Medical and sanitary report of the native army of Bengal for the year
Year: 1874
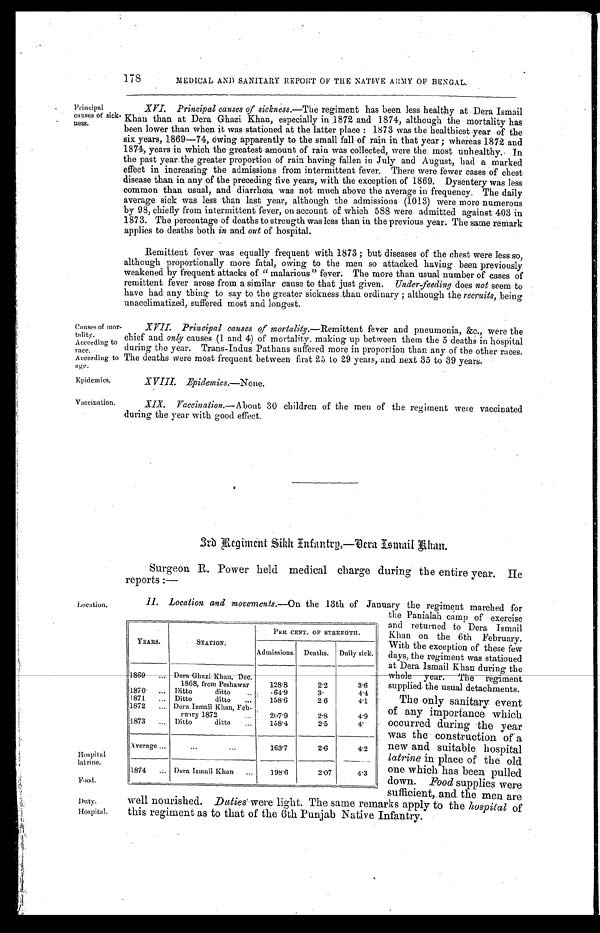
Principal
causes of sick-
ness.
Causes of mo
rtality.
According to
race.
According to
age.
Epidemics,
Vaccination.
178
MEDICAL AND SANITARY REPORT OF THE NATIVE ARMY OF BENGAL.
XVI. Principal causes of sickness .—The "
regiment has been less healthy at Dera Ismail
Khan than at Dera Ghazi Khan, especially in 1872 and 1874, although the mortality has
been lower than when it was stationed at the latter place : 1873 was the healthiest year of the
six years, 1869—74, owing apparently to the small fall of rain in that year ; whereas 1872 and
1874, years in which the greatest amount of rain was collected, were the most unhealthy., In
the past year. the greater proportion of rain having fallen in July and August, had a marked
effect in increasing the admissions from intermittent fever. There were fewer cases of chest
disease than in any of the preceding five years, with the exception of 1869. Dysentery was less
common than usual, and diarrhœa was not much above the average in frequency. The daily
average sick was less than last year, although the admissions (1013) were more numerous
by 98, chiefly from intermittent fever, on account of which 588 were admitted against 403 in
1873. The percentage of deaths to strength was less than. in the previous year. The same remark
applies to deaths both in and out of hospital.
Remittent fever was equally frequent with 1873 ; but diseases of the chest were less so,
although proportionally more fatal, owing to the men so attacked having been previously
weakened by frequent attacks of " malarious" fever. The more than usual number of cases of
remittent fever arose from a similar cause to that just given. Under feeding does not seem to
have had any thing to say to the greater sickness than ordinary ; although the recruits, being
unacclimatized, suffered most and longest.
XVII. Principal causes of mortality . — R e m i t t e n t f e v e r a n d p n e u m o n i a , & c . , w e r e t h e
chief and only causes (1 and 4) of mortality, making up between them the 5 deaths in hospital
during the year. Trans-Indus Pathans suffered more in proportion than any of the other races.
The deaths were most frequent between first 25 to 29 years, and next 35 to 39 years.
XVIII. Epidemics.—None.
XIX. Vaccination .—About 30 children of the men of the regiment were vaccinated
during the year with good effect.
3rd Regiment Sikh Infantry,—Dera Ismail Khan.
Surgeon R. Power held medical charge during the entire year. He
reports :—
Location.
Hospital
latrine.
Food.
Duty.
Hospital.
II. Location and movements.—On the 13th of January the regiment marched for
YEARS.
STATION.
PER CENT. OF STRENGTH.
Admissions. Deaths. Daily sick.
1869 ... Dera- Ghazi Khan Dec.
1868, from Peshawar
128.8
2.2
3.6
1870 ... Ditto
ditto
... .64.9
3.
4.4
1871 ... Ditto
ditto ...
158.6
2.6
4.1
1872 ... Dera Ismail Khan, Feb-
ruary 1872
...
207.9
2.8
4.9
1873 ...
Ditto
ditto ...
158.4
2.5
4.
Average ...
...
...
163.7
2.6
4.2
1874 ...
Dera Ismail Khan ... 198.6
2.07
4.3
the Panialah camp of exercise
and returned to Dera Ismail
Khan on the 6th February.
With the exception of these few
days, the regiment was stationed
at Dera Ismail Khan during the
whole year. The regiment
supplied the usual detachments.
The only sanitary event
of any importance which
occurred during the year
was the construction of a
new and suitable hospital
latrine in place of the old
one which has been pulled
down. Food supplies were
sufficient, and. the men are
well nourished. Duties were light. The same remarks apply to the hospital of
this regiment as to that of the 6th Punjab Native Infantry.